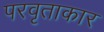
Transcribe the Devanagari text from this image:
परवृताकार